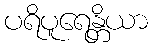
ပရိပူရေန္တိယာ